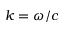
k = \omega / c